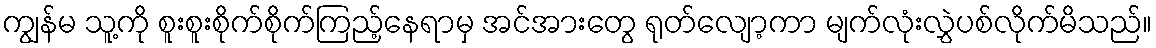
ကျွန်မ သူ့ကို စူးစူးစိုက်စိုက်ကြည့်နေရာမှ အင်အားတွေ ရုတ်လျော့ကာ မျက်လုံးလွှဲပစ်လိုက်မိသည်။